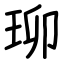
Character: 珋